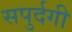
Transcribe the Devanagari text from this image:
सपुर्दगी